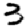
Digit: 3